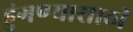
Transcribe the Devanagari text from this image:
हुंगण्यासाठी